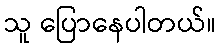
သူ ပြောနေပါတယ်။